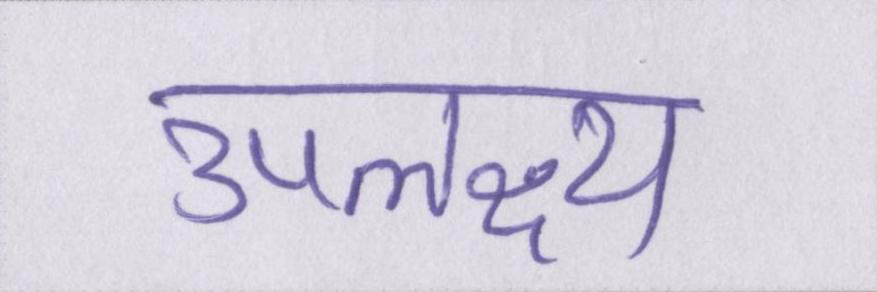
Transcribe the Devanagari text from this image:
उपलक्ष्य